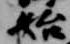
始